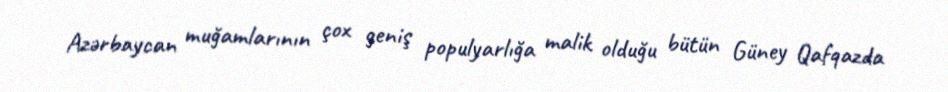
Azərbaycan muğamlarının çox geniş populyarlığa malik olduğu bütün Güney Qafqazda